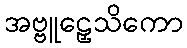
အဗ္ဗူဠှေသိကော